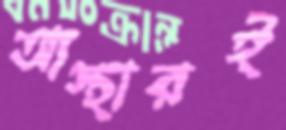
আস্থারই